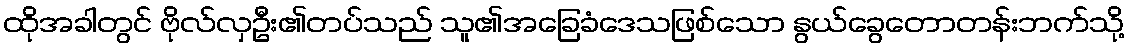
ထိုအခါတွင် ဗိုလ်လှဦး၏တပ်သည် သူ၏အခြေခံဒေသဖြစ်သော နွယ်ခွေတောတန်းဘက်သို့